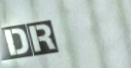
Dr.